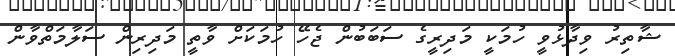
ޝާތިރު ވިދާޅުވީ ހުމަކީ މަދިރީގެ ސަބަބުން ޖެހޭ ހުމަކަށް ވާތީ މަދިރިން ސަލާމަތްވާން